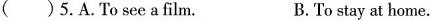
( )5. A.To see a film. B. To stay at home.